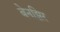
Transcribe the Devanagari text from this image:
बेनझिर